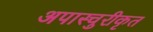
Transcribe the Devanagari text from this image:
अपास्चुरीकृत